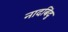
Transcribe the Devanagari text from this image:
नादबिंदु